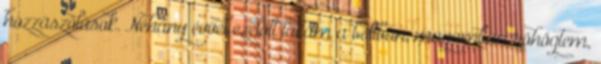
hozzászólások. Néhány évvel ezelőtt láttam a boltban, magamban röhögtem,